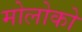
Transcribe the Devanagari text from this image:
मोलोको